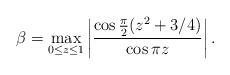
LaTeX: \begin{align*}\beta = \max_{0\le z\le 1} \left|\frac{\cos \frac{\pi}{2}(z^2+3/4)}{\cos \pi z}\right|.\end{align*}